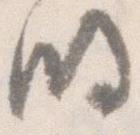
明